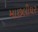
માછલીઘર